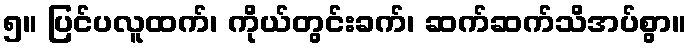
၅။ ပြင်ပလူထက်၊ ကိုယ်တွင်းခက်၊ ဆက်ဆက်သိအပ်စွာ။